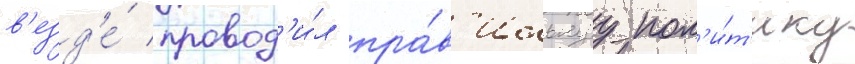
в'езд'е́ провод'и́л пра́в'ильнуу пол'и́т'ику